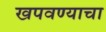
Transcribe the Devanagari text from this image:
खपवण्याचा